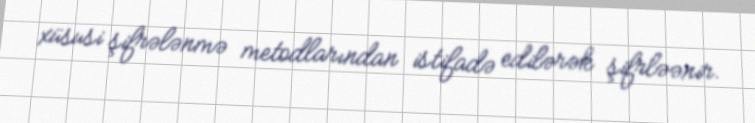
xüsusi şifrələnmə metodlarından istifadə edilərək şifrləənir.